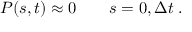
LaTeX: P ( s , t ) \approx 0 \qquad s = 0 , { \Delta t } \; .